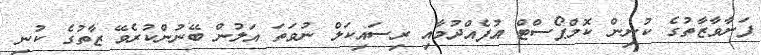
ފަނާވާޒާތުގެ ކުނިން ކޮމްޕޯސްޓް އުފެއްދުމާއި ރިސައިކަލް ނުވަތަ އަލުން ބޭނުންކުރެވޭ ޒާތުގެ ކުނި